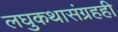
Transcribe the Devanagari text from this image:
लघुकथासंग्रहही